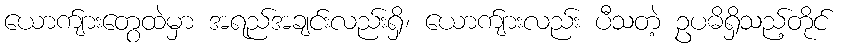
ယောက်ျားတွေထဲမှာ အရည်အချင်းလည်းရှိ၊ ယောက်ျားလည်း ပီသတဲ့ ဥပဓိရှိသည့်တိုင်